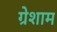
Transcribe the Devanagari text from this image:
ग्रेशाम